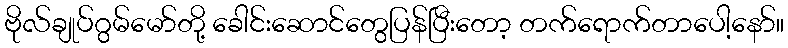
ဗိုလ်ချုပ်ဂွမ်မော်တို့ ခေါင်းဆောင်တွေပြန်ပြီးတော့ တက်ရောက်တာပေါ့နော်။